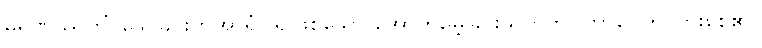
မရဏဿတိံ၊ သေခြင်းကိုအာရုံပြု၍ဖြစ်သော အောက်မေ့ခြင်းသတိကို။ ဘာဝေတိ၊ ပွားစေ၏။